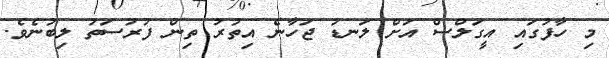
މި ހާފުގައި އީގަލްސް އަށް ލަނޑު ޖަހާނެ އިތުރު ތިން ފުރުސަތު ލިބުނެވެ.